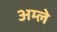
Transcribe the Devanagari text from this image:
अम्‍ले